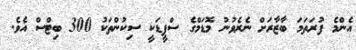
އެންމެ ފުރަތަމަ ބާޒާރަށް ނެރެވުނު މޮޑަމްގެ ސްޕީޑަކީ ސިކުންތަކު 300 ބިޓްސް އެވެ.